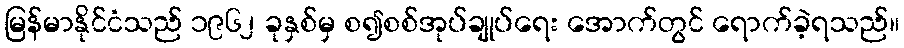
မြန်မာနိုင်ငံသည် ၁၉၆၂ ခုနှစ်မှ စ၍စစ်အုပ်ချုပ်ရေး အောက်တွင် ရောက်ခဲ့ရသည်။